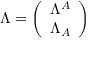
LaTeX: \Lambda = \left( \begin{array} { l } { { \Lambda ^ { A } } } \\ { { \Lambda _ { A } } } \end{array} \right)